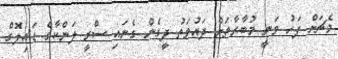
މެޗަށް ފަހު ވަނީ މުބާރާތަށް ދައުވަތު ދީގެން ގެނައި ސްރީ ލަންކާގެ ޑައިލޮގް